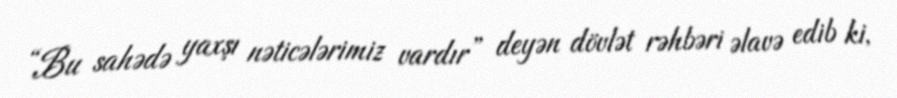
“Bu sahədə yaxşı nəticələrimiz vardır” deyən dövlət rəhbəri əlavə edib ki,